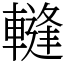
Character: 䡫